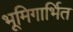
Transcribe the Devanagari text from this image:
भूमिगार्भित